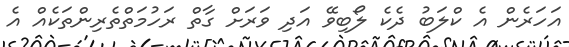
އަހަރެން އެ ކްލަބު ދެކެ ލޯބިވޭ އަދި ވަރަށް ގާތް ރަހުމަތްތެރިންތަކެއް އެ